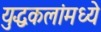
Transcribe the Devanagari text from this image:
युद्धकलांमध्ये